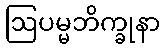
ဩပမ္မဘိက္ခုနာ